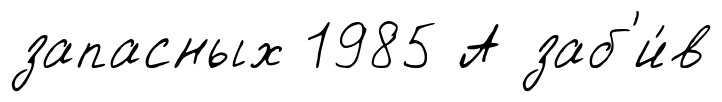
запасных 1985 А заб'и́в